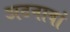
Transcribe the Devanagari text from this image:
अटनावां